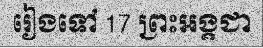
រៀងទៅ 17 ព្រះអង្គជា